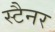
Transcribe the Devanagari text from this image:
स्टैनर